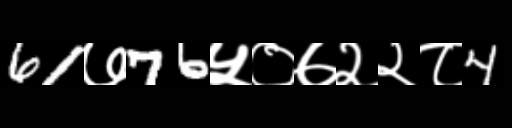
Text: 61७76५०७२२८4